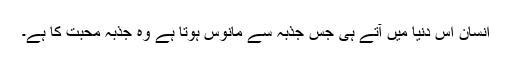
انسان اس دنیا میں آتے ہی جس جذبہ سے مانوس ہوتا ہے وہ جذبہ محبت کا ہے۔